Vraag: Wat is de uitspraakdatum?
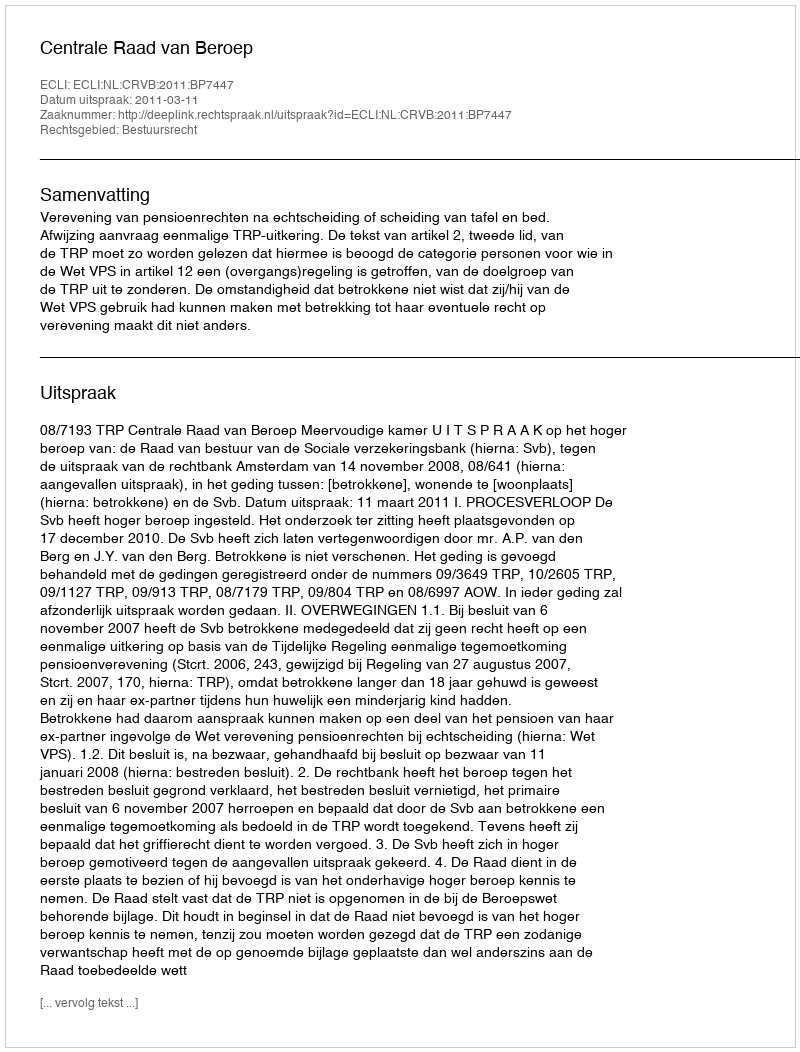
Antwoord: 2011-03-11